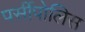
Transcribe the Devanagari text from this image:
पर्सीपोलिस